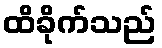
ထိခိုက်သည်